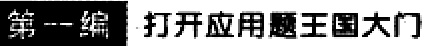
第一编 打开应用题王国大门